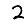
Digit: 2